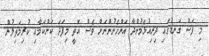
މި ފަސް ގަނޑުގައި ދިރިއުޅެމުންދާ އަންހެނުންނަށް ވެސް އޮތީ މިފަދަ ކަންކަމާއި ކުރިމަތިލުން.